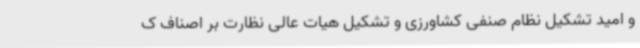
و امید تشکیل نظام صنفی کشاورزی و تشکیل هیات عالی نظارت بر اصناف ک